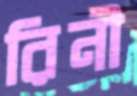
রিনী